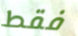
فقط